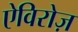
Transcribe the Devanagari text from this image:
ऐविरोज़